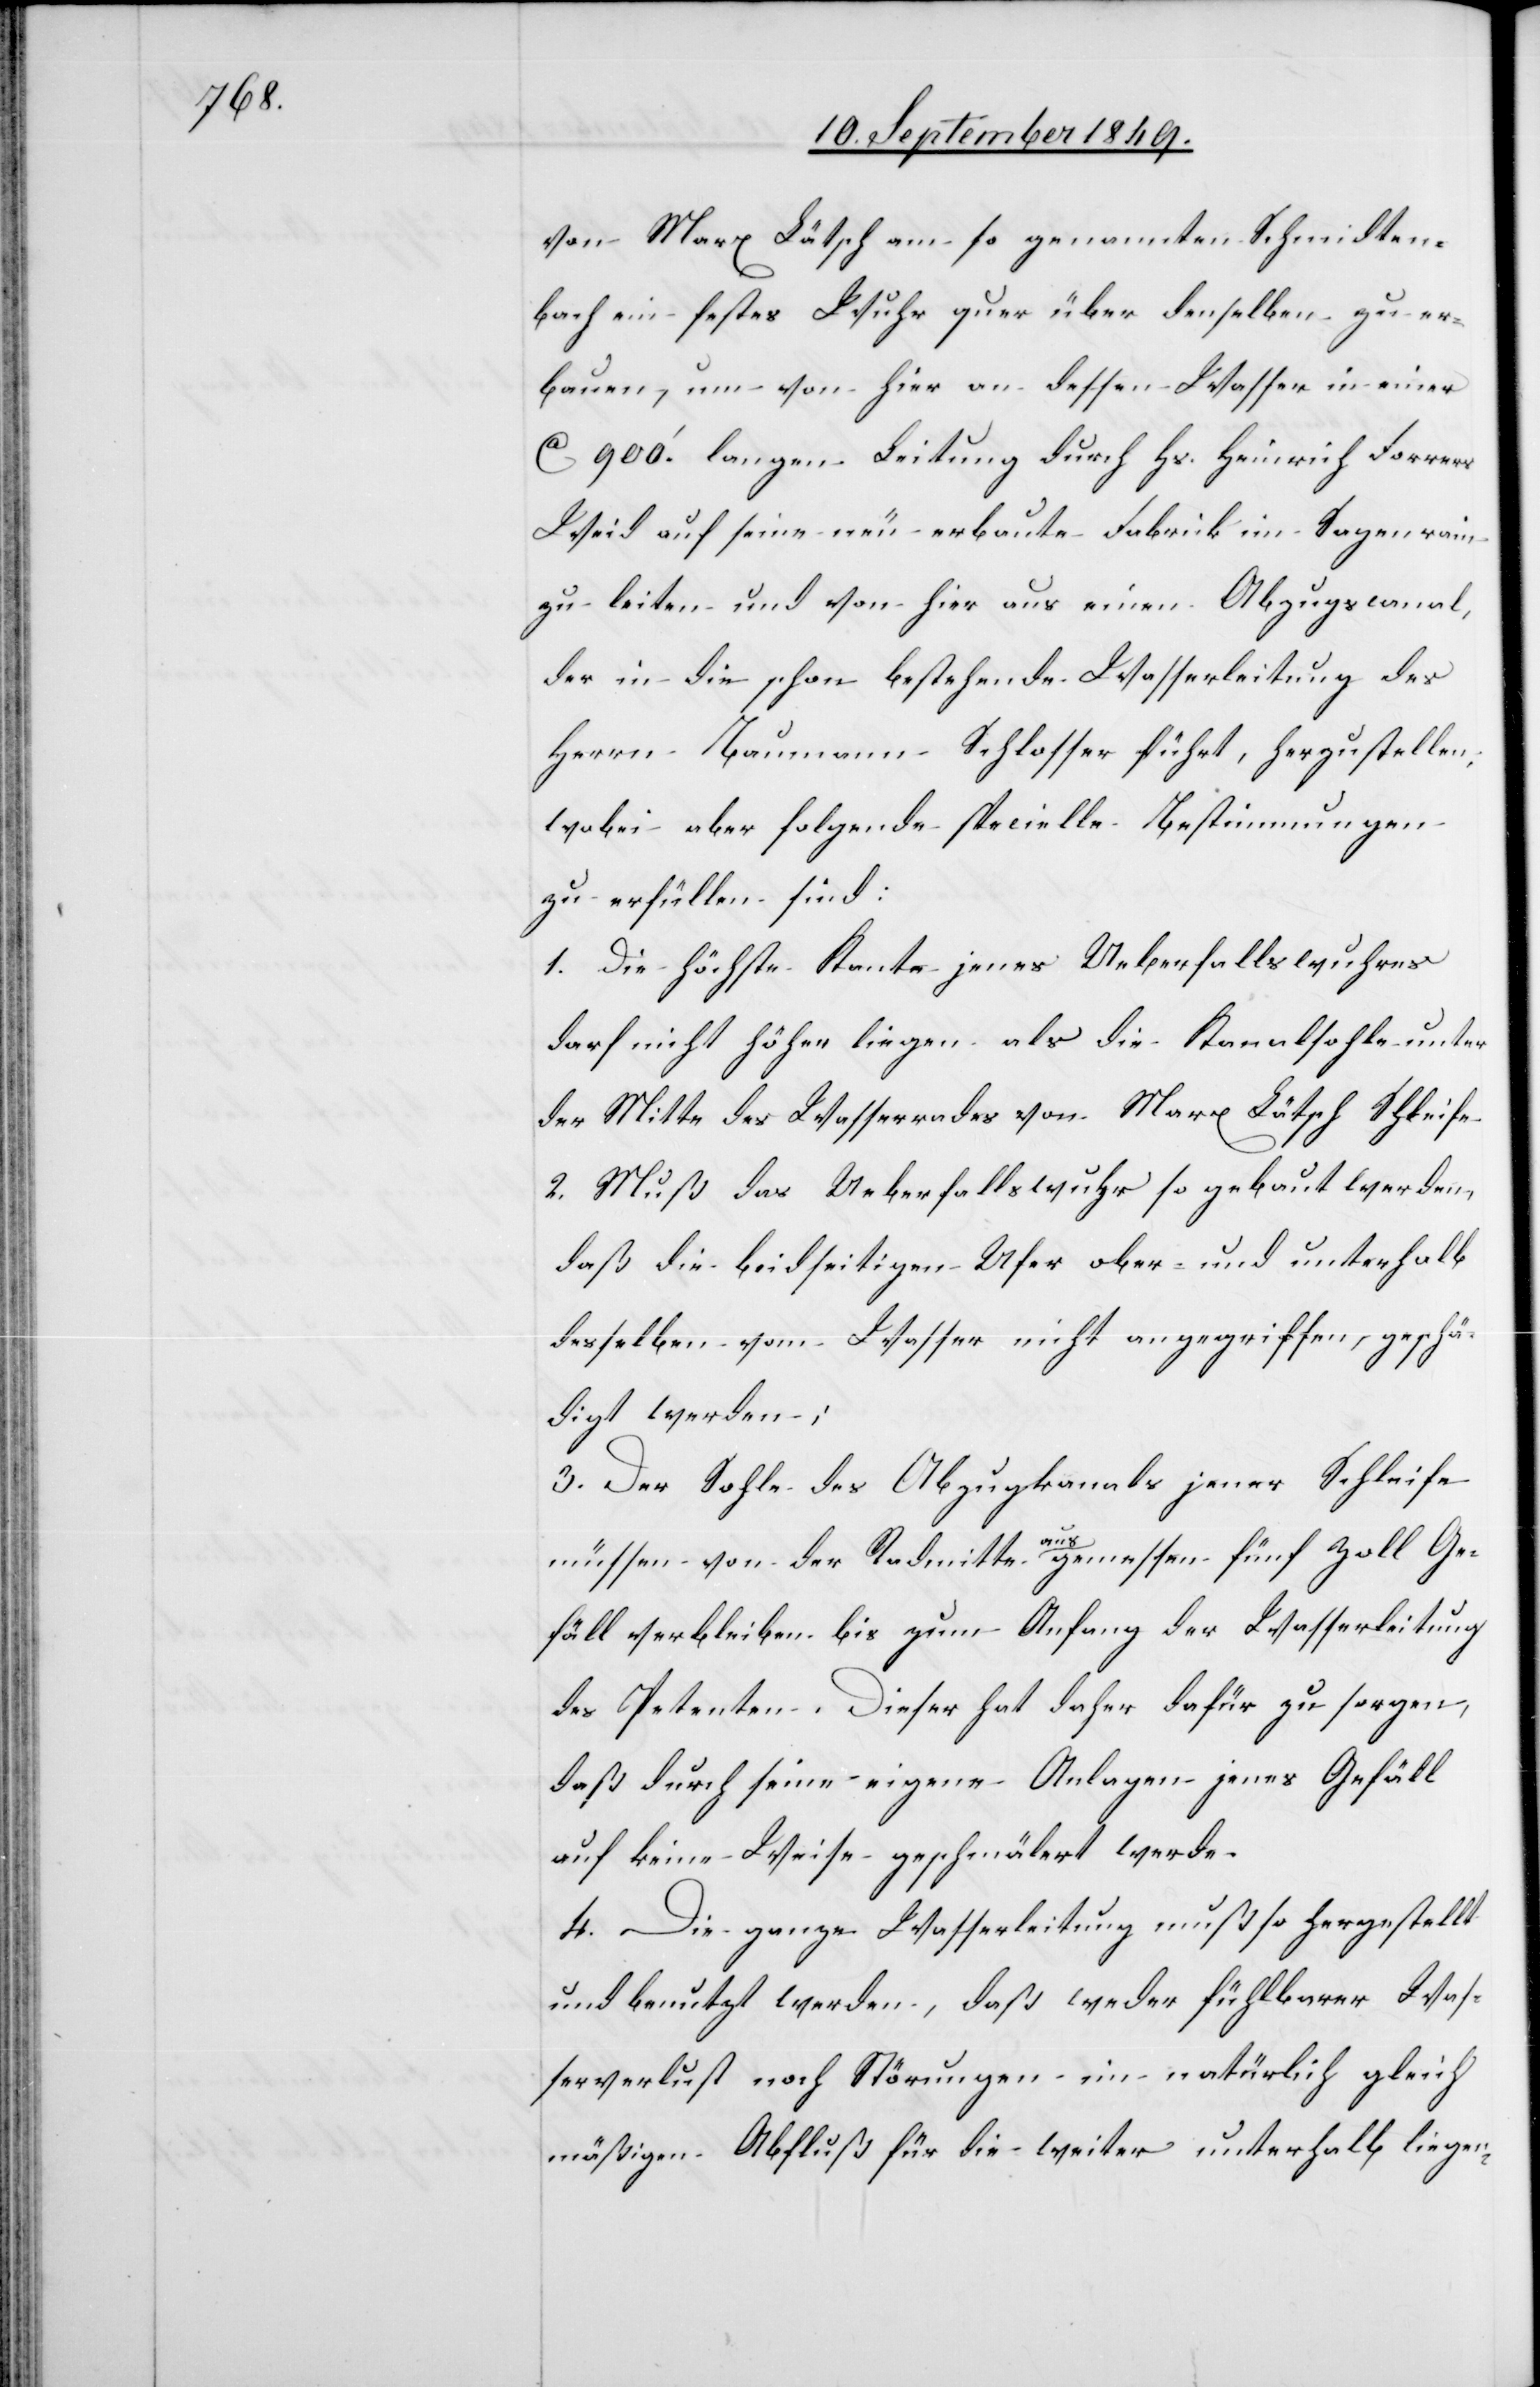
von Marx Lätsch am so genannten Schmidten¬
bach ein festes Wuhr quer über denselben zu er¬
bauen, um von hier an dessen Wasser in einer
ca 900‘ langen Leitung durch Hs. Heinrich Forrers
Weid auf seine neu erbaute Fabrik im Sagenrain
zu leiten und von hier aus einen Abzugscanal,
der in die schon bestehende Wasserleitung des
Herrn Baumann Schlosser führt, herzustellen,
wobei aber folgende specielle Bestimmungen
zu erfüllen sind:
1. Die höchste Kante jenes Ueberfallswuhres
darf nicht höher liegen als die Kanalsohle unter
der Mitte des Wasserrades von Marx Lätsch Schleife
2. Muß das Ueberfallswuhr so gebaut werden,
daß die beidseitigen Ufer ober- und unterhalb
desselben vom Wasser nicht angegriffen, geschä¬
digt werden;
3. Der Sohle des Abzugskanals jener Schleife
müssen von der Radmitte a-aus-a gemessen fünf Zoll Ge¬
fäll verbleiben bis zum Anfang der Wasserleitung
des Petenten. Dieser hat daher dafür zu sorgen,
daß durch seine eigene Anlagen jenes Gefäll
auf keine Weise geschmälert werde.
4. Die ganze Wasserleitung muß so hergestellt
und benutzt werden, daß weder fühlbarer Was¬
serverlust noch Störungen im natürlich gleich
mäßigen Abfluß für die weiter unterhalb liegen-